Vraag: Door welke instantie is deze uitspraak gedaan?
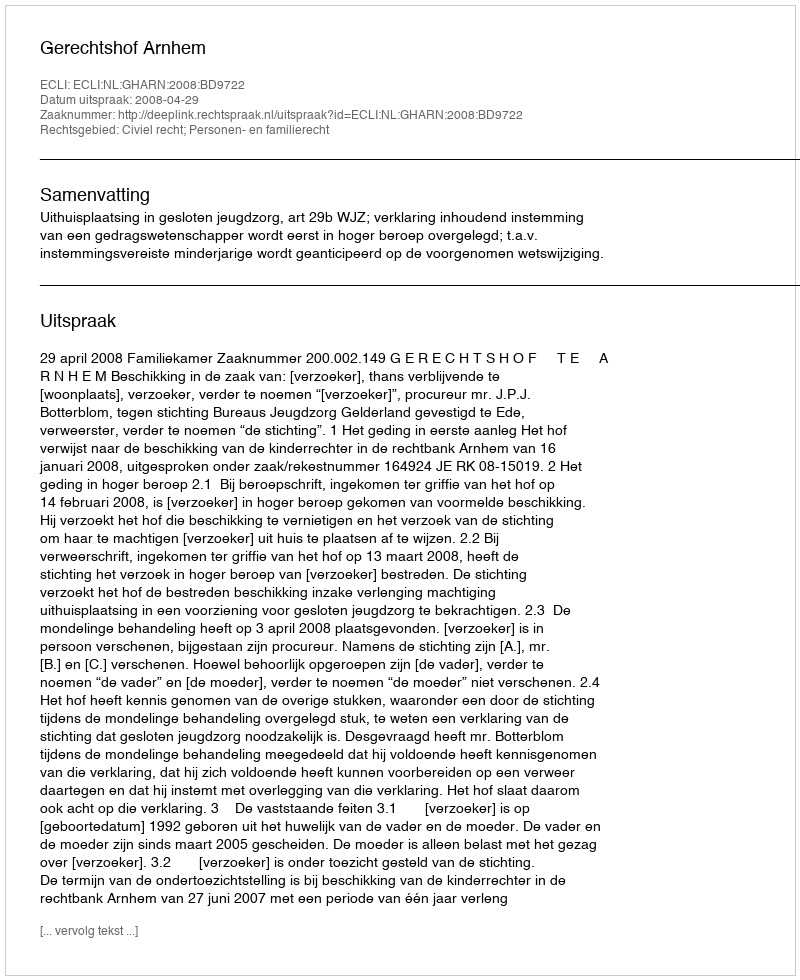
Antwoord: Gerechtshof Arnhem